Manual of the Civil Veterinary Department, Central Provinces and Berar
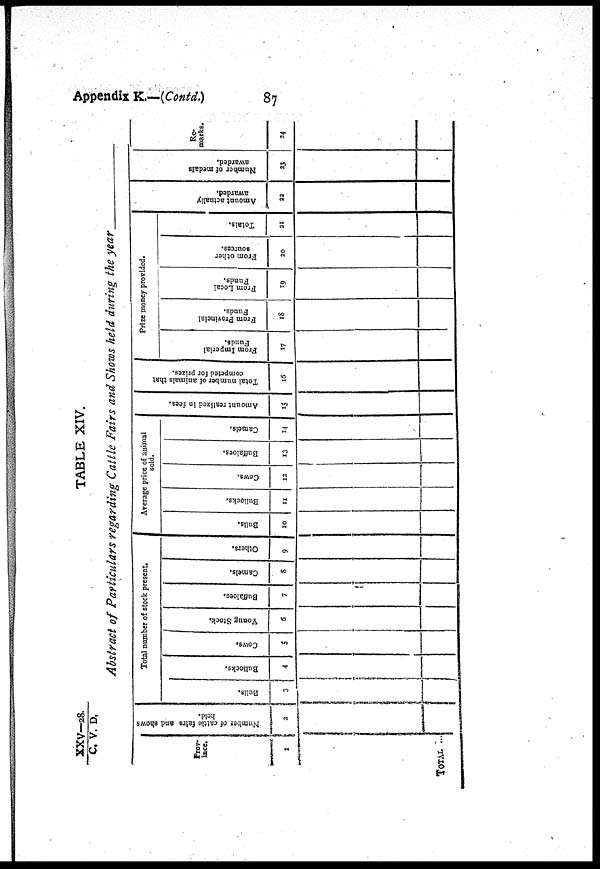
Appendix
K.—(Contd)
87
XXXV-28./C. V. D.
TABLE XIV.
Abstract of Particulars regarding Cattle Fairs and Shows held during the year
Prov-
ince.
1
TOTAL ...
Number
of cattle fairs and shows
held.
2
Total number of stock present.
Bulls.
3
Bullocks.
4
Cows.
5
Young Stock.
6
Buffaloes.
7
Camels.
8
Others.
9
Average price of animal
sold.
Bulls.
10
Bullocks.
11
Cows.
12
Buffaloes.
13
Camels,
14
Amo u n t r e a l i z e d in fees.
15
Total number of animals that
competed for prizes.
16
Prize money provided.
From Imperial
Funds.
17
From Provincial
Funds.
18
From Local
Funds.
19
From other
sources.
20
Totals.
21
Amo u n t actually
awarded.
22
Nu mb e r of medals
awarded.
23
Re-
marks.
24